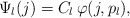
\begin{align*}\Psi_l(j)=C_l \,\varphi(j,p_l),\end{align*}